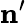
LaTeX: {\mathbf{n}^{\prime}}